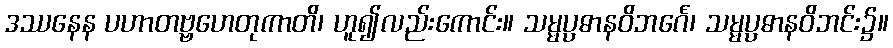
ဒဿနေန ပဟာတဗ္ဗဟေတုကာတိ၊ ဟူ၍လည်းကောင်း။ သမ္မပ္ပဓာနဝိဘင်္ဂေ၊ သမ္မပ္ပဓာနဝိဘင်း၌။